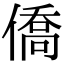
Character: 僑